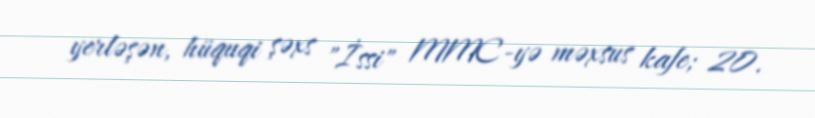
yerləşən, hüquqi şəxs "İssi" MMC-yə məxsus kafe; 20.